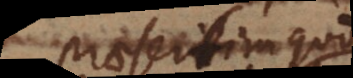
Praesertim cum